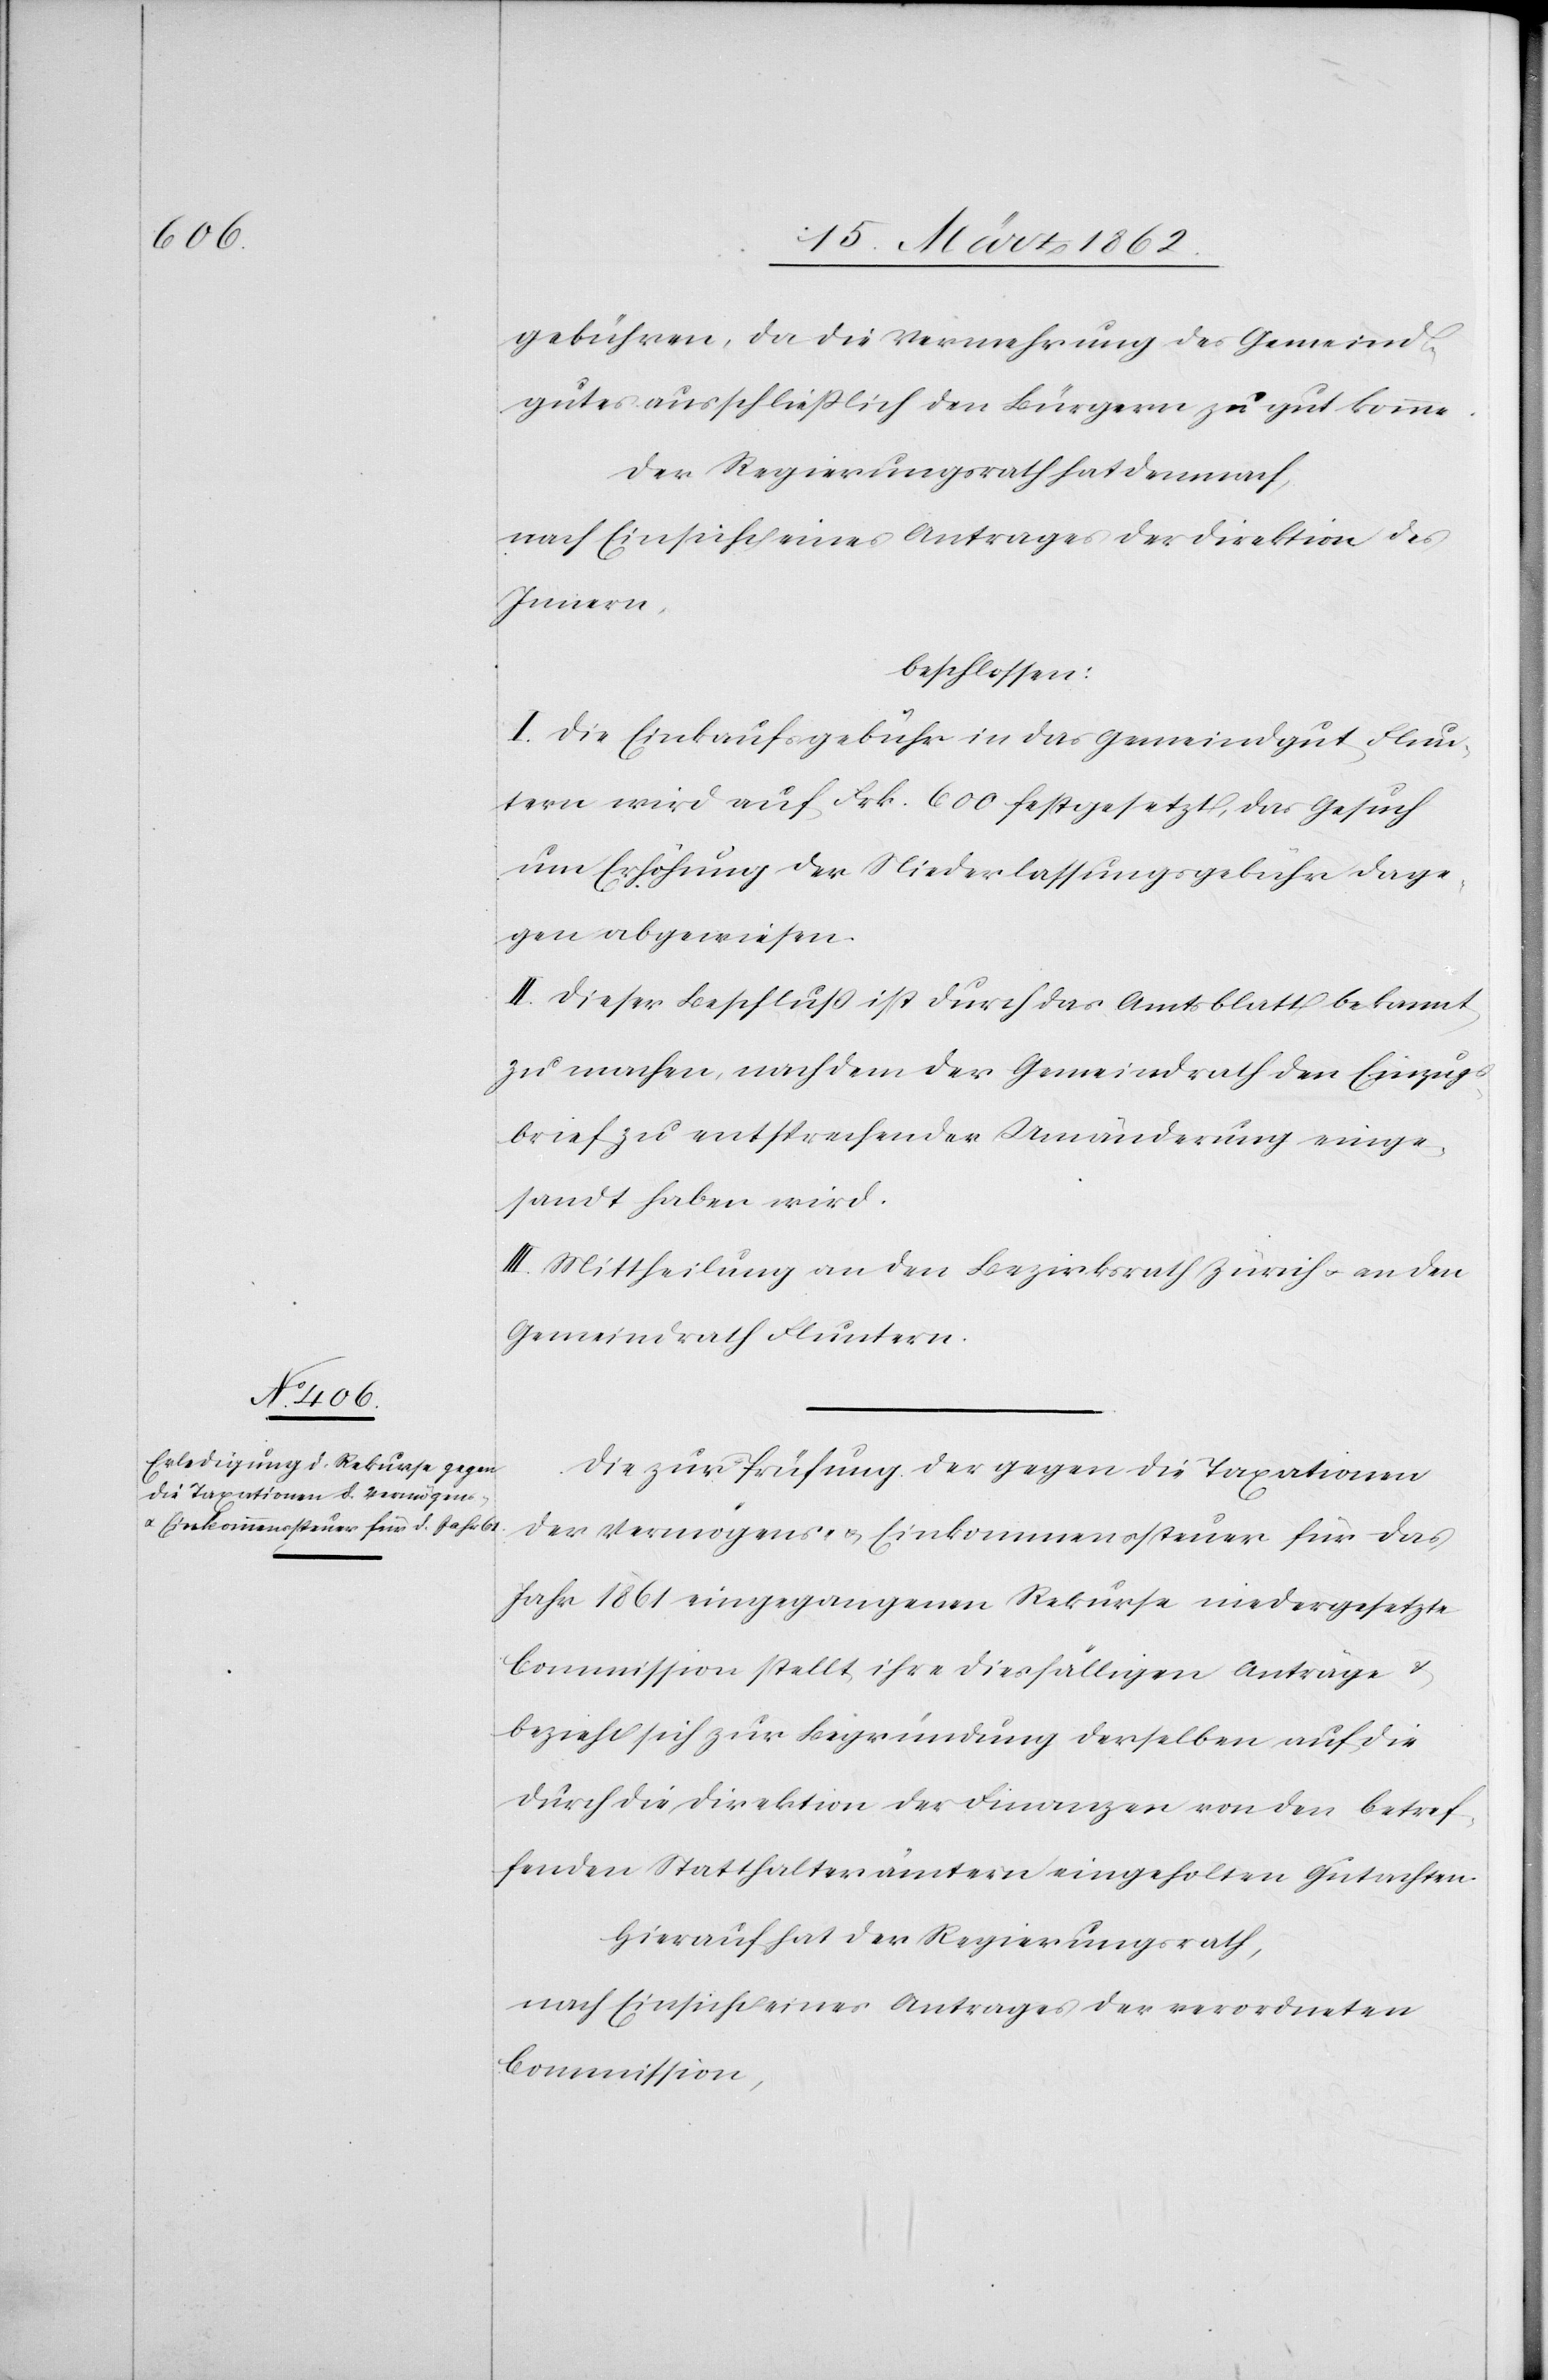
gebühren, da die Vermehrung des Gemeind¬
gutes ausschließlich den Bürgern zu gut komme.
Der Regierungsrath hat demnach,
nach Einsicht eines Antrages der Direktion des
Innern,
beschlossen:
I. Die Einkaufsgebühr in das Gemeindgut Flun¬
tern wird auf Frk. 600 festgesetzt, das Gesuch
um Erhöhung der Niederlassungsgebühr dage¬
gen abgewiesen.
II. Dieser Beschluß ist durch das Amtsblatt bekannt
zu machen, nachdem der Gemeindrath den Einzugs¬
brief zu entsprechender Umänderung einge¬
sandt haben wird.
III. Mittheilung an den Bezirksrath Zürich u. an den
Gemeindrath Fluntern.
Die zur Prüfung der gegen die Taxationen
der Vermögens- & Einkommenssteuer für das
Jahr 1861 eingegangenen Rekurse niedergesetzte
Commission stellt ihre diesfälligen Anträge
bezieht sich zur Begründung derselben auf die
durch die Direktion der Finanzen von den betref¬
fenden Statthalterämtern eingeholten Gutachten
Hierauf hat der Regierungsrath,
nach Einsicht eines Antrages der verordneten
Commission,